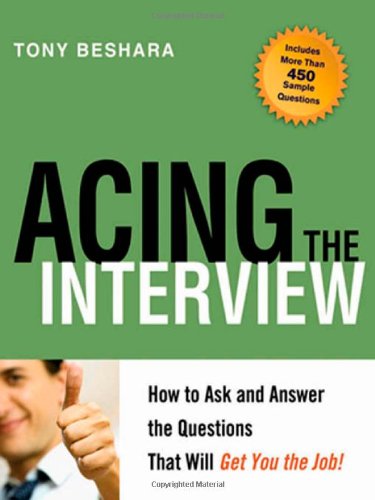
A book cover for Acing the Interview: How to Ask and Answer the Questions That Will Get You the Job; Tony Beshara; Business & Money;